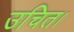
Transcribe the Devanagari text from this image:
उचित।